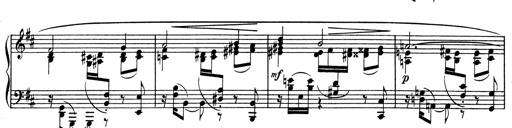
Title: Sonatine pour piano
Composer: Albert Roussel